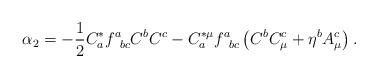
LaTeX: \begin{align*}\alpha _{2}=-\frac{1}{2}C_{a}^{*}f_{\;\;bc}^{a}C^{b}C^{c}-C_{a}^{*\mu}f_{\;\;bc}^{a}\left( C^{b}C_{\mu }^{c}+\eta ^{b}A_{\mu }^{c}\right) .\end{align*}